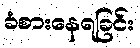
ခံစားနေရခြင်း